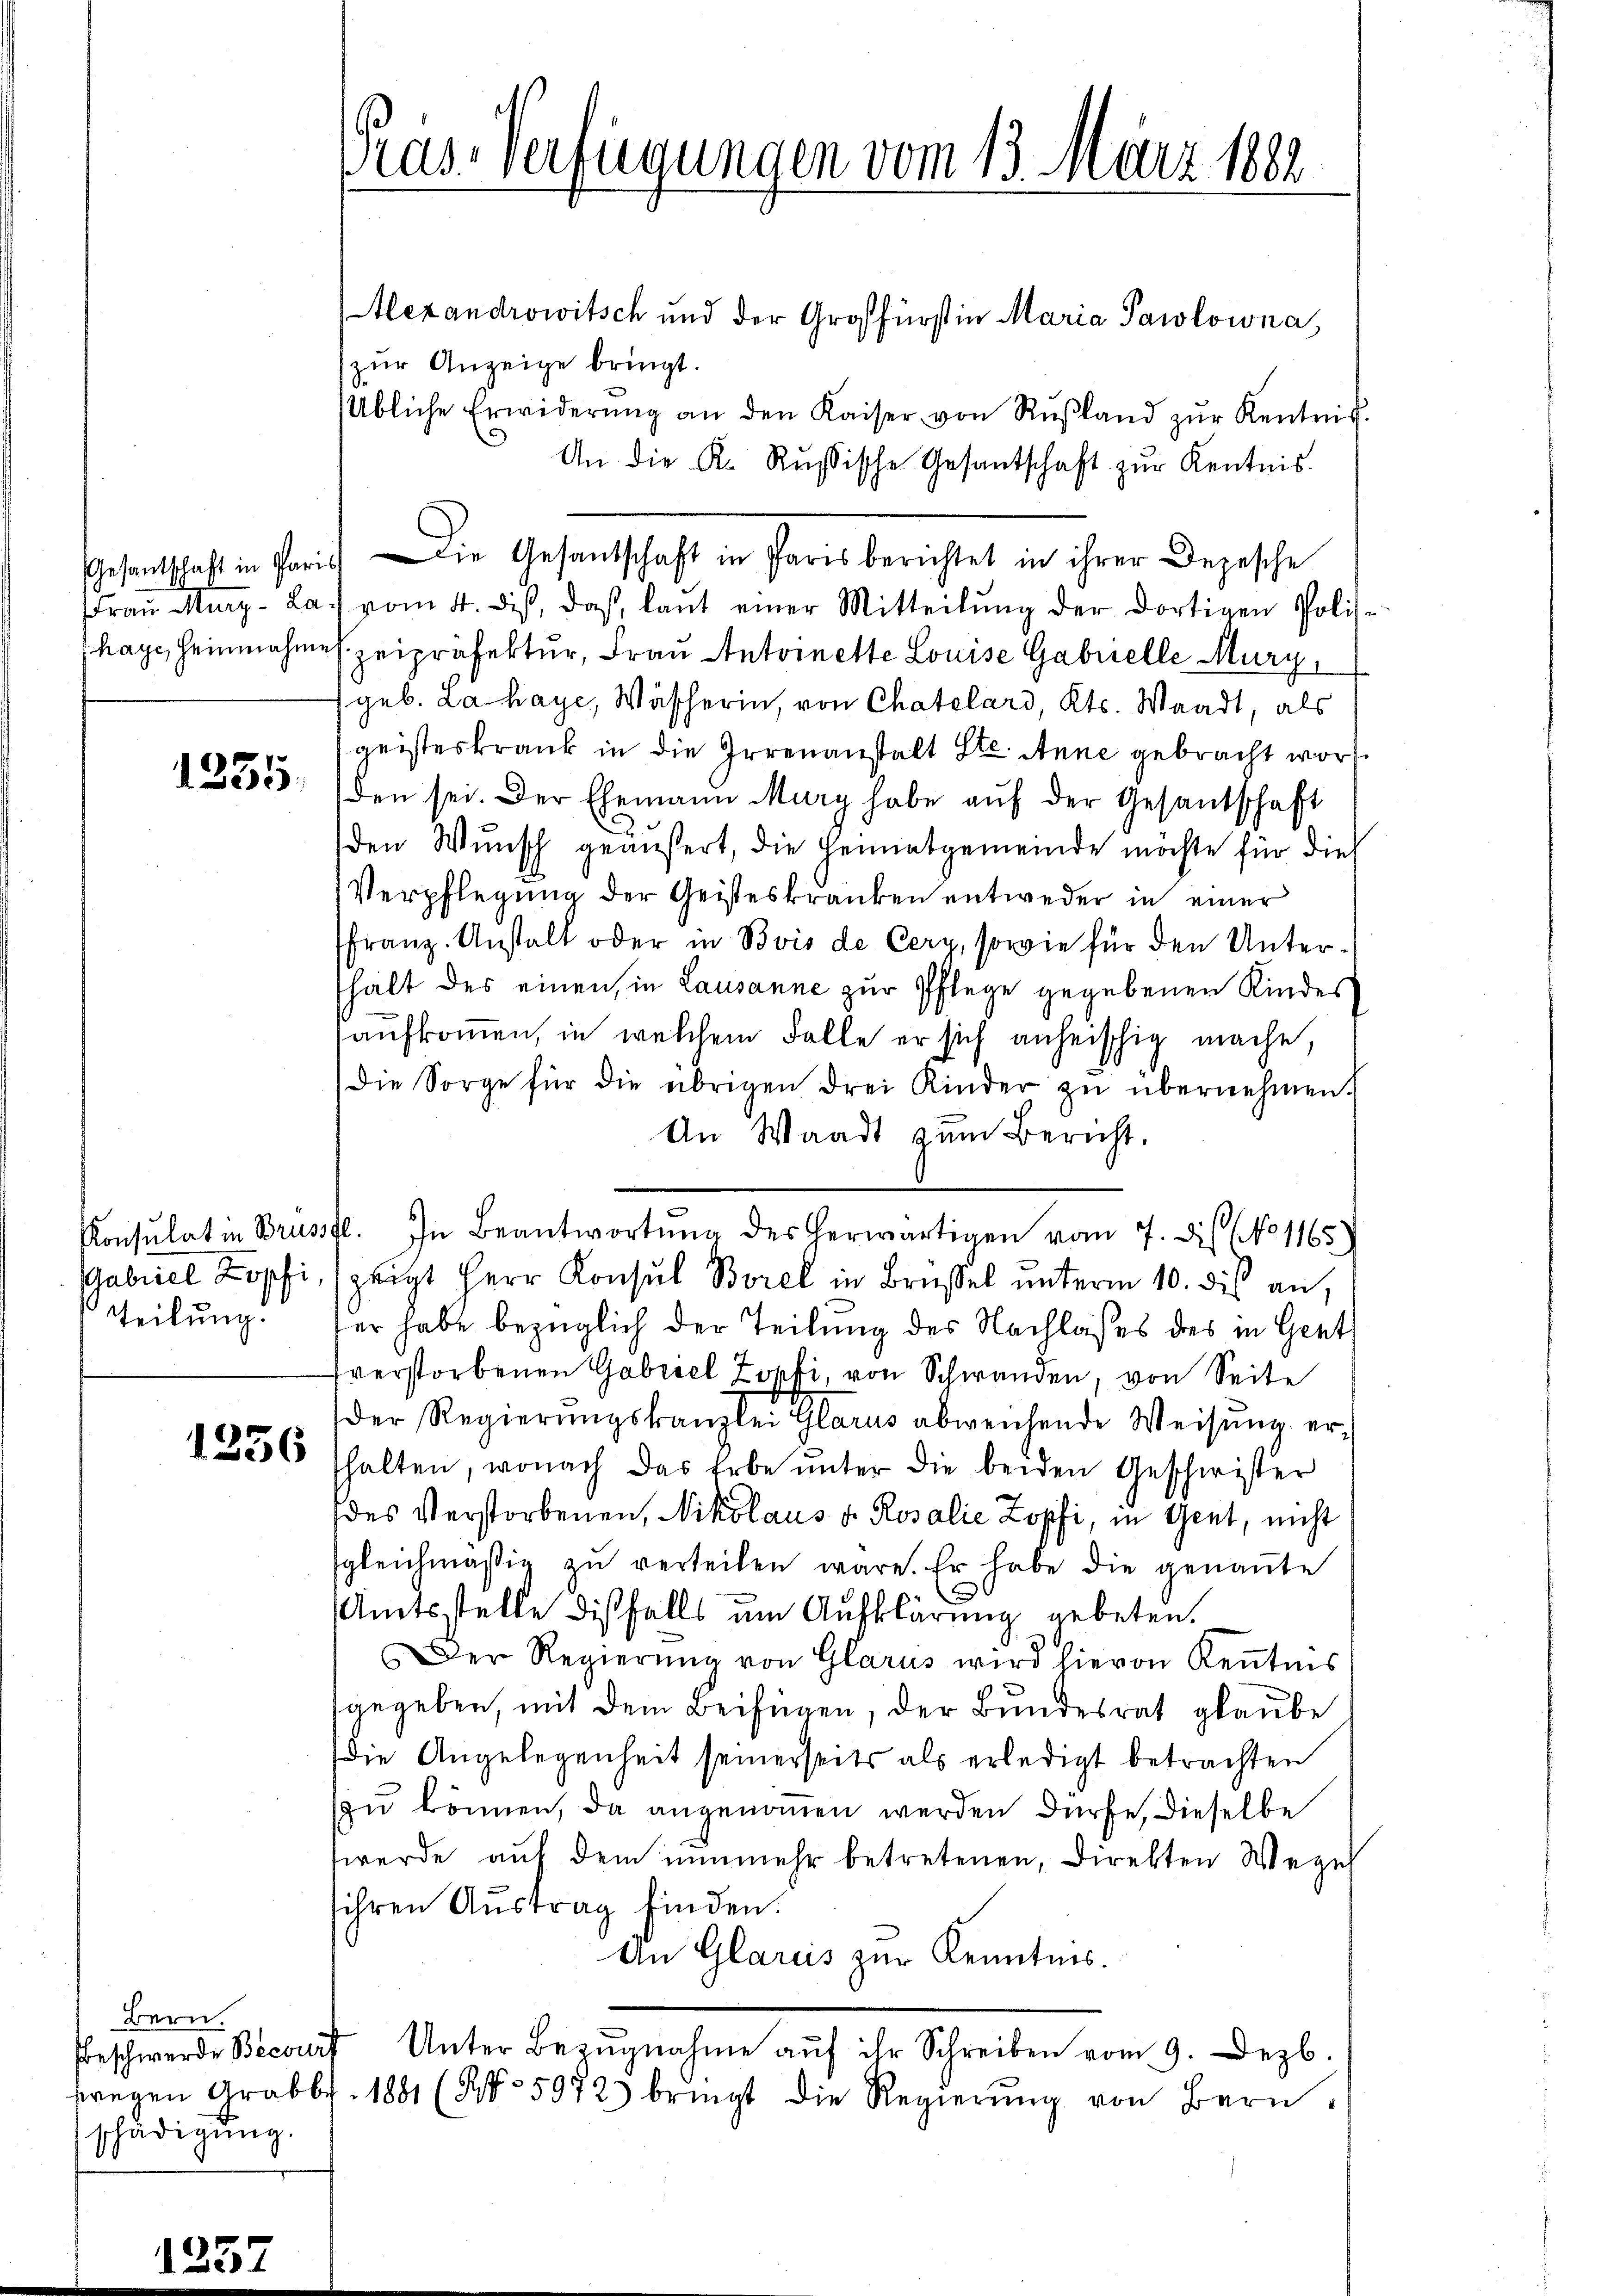
1335

tteilung.

1336

Bern.
schädigung.

Mexandrowitsch und der Großfürstin Maria Pawlowna,
zŭr Anzeige bringt.
Übliche Erwiderŭng an den Kaiser von Rŭβland zŭr Kentnis-
An die K. Rŭsische Gesantschaft zŭr Kenntnis.
fraŭ Mury-La. vom 4. diβ, daß laut einer Mitteilŭng der dortigen Polis-
haye, Heinnahmes zeipräfektur, Frau Antoinette Louise Gabrielle Mury,
(geb. La haye, Wäscherin, von Chatelard, Kts. Waadt, als
geisteskrank in die Irrenanstalt Ste. Anne gebracht worden sei. Der Ehemann Murg habe aŭf der Gesandschaft
den Wunsch geäußert, die Heimatgemeinde möchte für dies
Verpflegung der Geisteskranken entweder in einer
franz-Anstalt oder in Bois de Cery, sowie für den Unterhält des einen, in Lausanne zur Pflege gegebenen Kindes
aufkommen, in welchem Falle er sich anheischig mache,
die Sorge für die übrigen drei Kinder zŭ übernehmen.
An Waadt zum Bericht.
Konsulat in Brussfl. In Beantwortŭng des herwärtigen vom 7. dis No 1165)
Gabriel Kopf zeigt Herr Konsul Borel in Brüssel unterm 10. dis an,
er habe bezüglich der Teilung des Nachlasses des in Gent
tverstorbenen Gabriel Zokki, von Schwanden, von Seite
der Regierungskanzlei Glarus abweichende Weisung erhalten, wonach das Erbe unter die beiden Geschwister
des Verstorbenen, Nikolaus v. Rosalić Zopfi, in Gent, nicht
sgleichmäßig zŭ verteilen wäre. Er habe die genaṅte
Amtsstelle diesfalls um Aufklärung gebeten.
Der Regierŭng von Glarus wird hievon Keṅtnis
gegeben, mit dem Beifügen, der Bundesrat glaube
die Angelegenheit seinerseits als erledigt betrachten
zzu können, da angenommen werden dürfe, dieselbe
werde auf dem nunmehr betretenen, Direkten Wegel
ihren Austrag finden.
An Glarus zur Kenntnis.
Beschwerde Becauf Unter Bezŭgnahme aŭf ihr Schreiben vom 9. Dezb.
wegen Grabbr. 1881 (No 5972) bringt die Regierŭng von Bern,

Pras-Verfügungen vom 13. März 1882

Gesandtschaft in Paris Die Gesandtschaft in Paris berichtet in ihrer Depesche